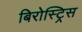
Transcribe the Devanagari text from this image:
बिरोस्ट्रिस